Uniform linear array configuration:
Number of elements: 32
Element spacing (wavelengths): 0.75
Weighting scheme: hann
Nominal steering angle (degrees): -45
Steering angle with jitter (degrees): -46.929
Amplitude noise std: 0.05
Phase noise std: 0.05

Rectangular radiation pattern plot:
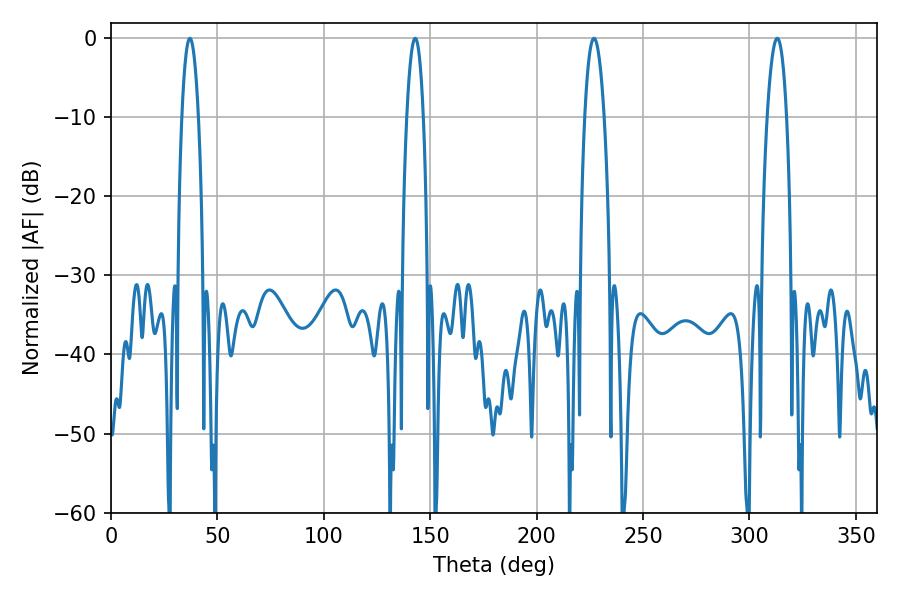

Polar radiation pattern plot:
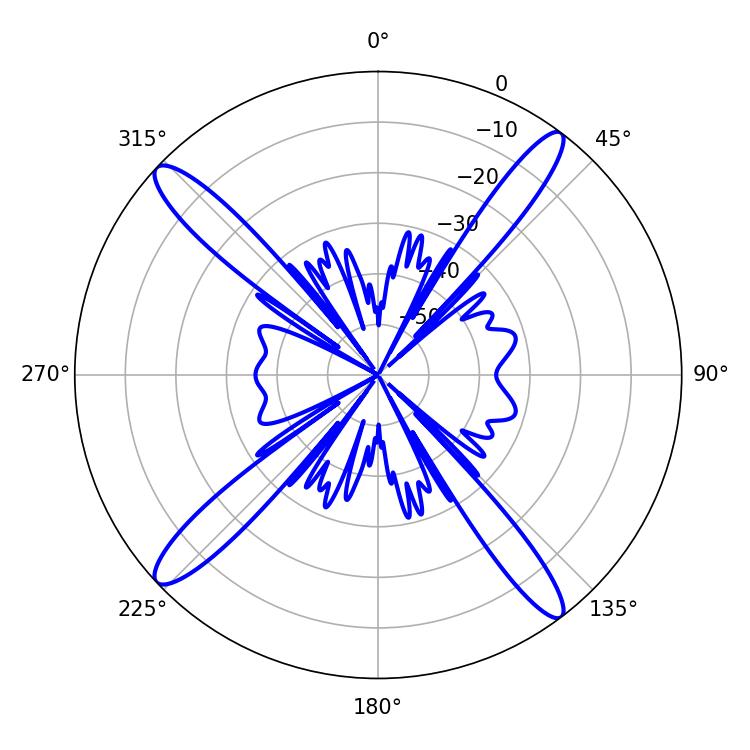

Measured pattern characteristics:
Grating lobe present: TRUE
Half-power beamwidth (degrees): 4.32
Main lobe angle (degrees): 37.08